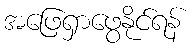
အဖြေရှာဖွေနိုင်ရန်